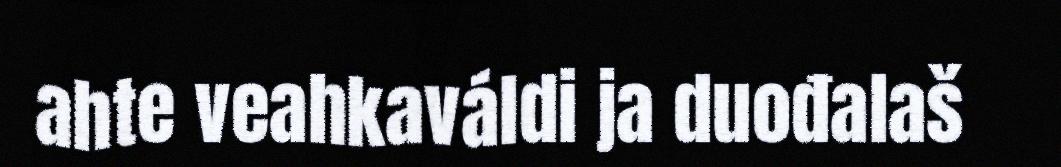
ahte veahkaváldi ja duođalaš